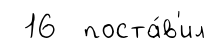
16 поста́в'ил